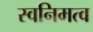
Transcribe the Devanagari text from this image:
स्वनिमत्व